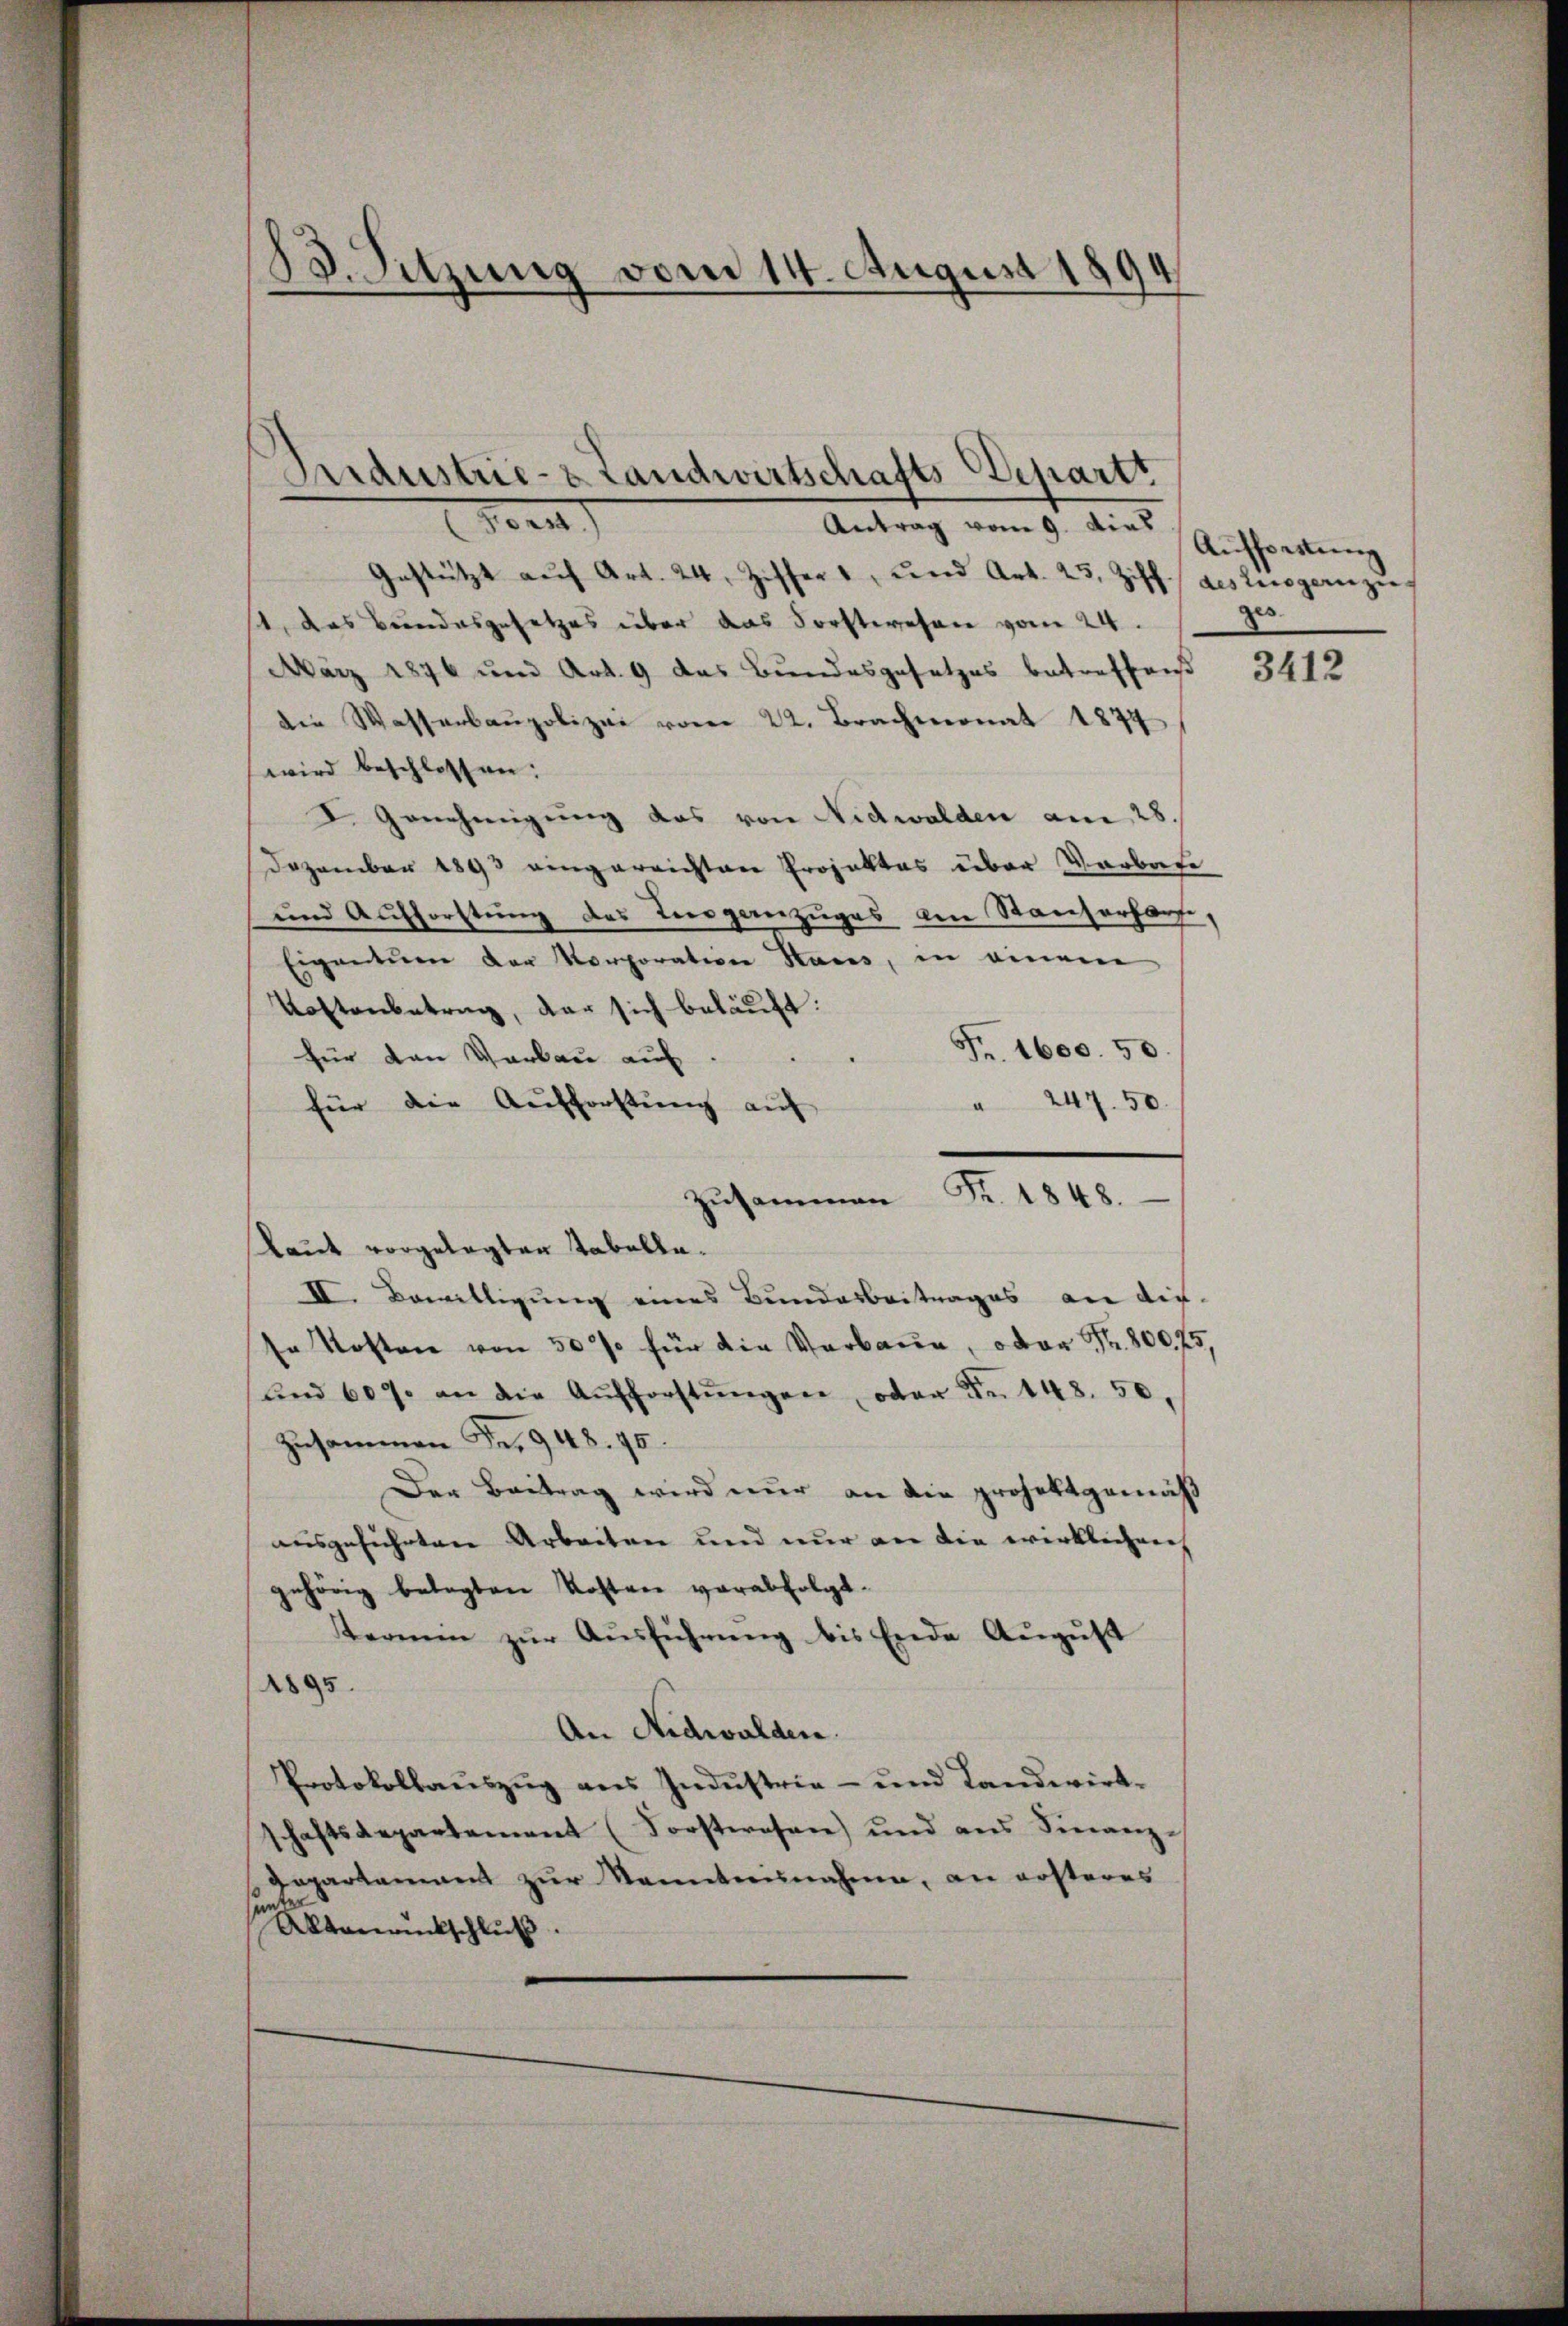
“
13. Sitzung vom 14. August 1894

Arraustrie- & Landwirtschafts-Depart
oen

Antrag vom 9. dies
Gestützt aŭf Art. 24, Ziffer und Art. 23. Ziff. des Liegereizie
s, das Bundesgesetzes über das Forstwesen vom 24.
März 1896 und Art. 9 das Bundesgesetzes betreffend
die Wasserbaupolizei vom 22. Brachmonat 1874
wird beschlossen:
I. Genehmigung das von Nidwalden am 28.
Dezember 1893 eingerrichten Projektes über Verbote
und Aufforstung des Tierganzuges am Stanzerfarsi,
Eigentum der Korporation Stars, in einem
Kaftenbetrag, der sich beläuft:
Fr. 1600. 50
für den Verbau auf
" 247. 50.
für die Aufforstung auf
Zusammen Fr. 1848.
Laut vorgelegten Tabella¬
II. Bewilligung eines Bundesbeitrages an die
u Kosten von 50 % für die Verbaue, oder Nr. 800,75,
ŭnd 609. an die Aŭfforstŭngen, oder Fr. 148. 50.
Zusammen Fr. 948. 40.
Der Beitrag wird nur an die projektgemäß
ausgeführten Arbeiten und nur an die wirklichen
gehörig belegten Kosten verabfolgt.
termin zŭr Aŭsführŭng bis Ende Aŭgŭst
1895.
An Nidwalden.
Protokollauszug aus Industria- und Landwirtschaftsdepartement (Forstwesen) und aus Finanz-
.
departement zur Kenntnisnahme, an ersteres
d
t
Aktenrückschluß.

Aufforstung
zo

3412